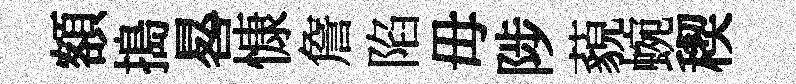
額搗晷慷詹陷毋陟藐蜿稧